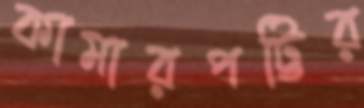
কামারপট্টির